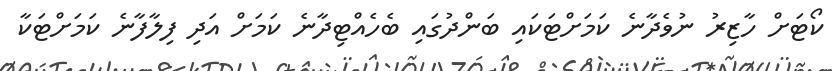
ކޯޓަށް ހާޒިރު ނުވެދާނެ ކަމަށްޓަކައި ބަންދުގައި ބެހެއްޓިދާނެ ކަމަށް އަދި ފިލާފާނެ ކަމަށްޓަކާ